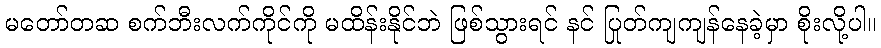
မတော်တဆ စက်ဘီးလက်ကိုင်ကို မထိန်းနိုင်ဘဲ ဖြစ်သွားရင် နင် ပြုတ်ကျကျန်နေခဲ့မှာ စိုးလို့ပါ။